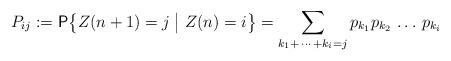
LaTeX: \begin{align*} P_{ij}:= \textsf{P}\bigl\{{Z({n+1})=j\bigm|{Z(n)=i} }\bigr\} = \sum_{k_1 + \, \cdots \, + k_i=j}{p_{k_1} p_{k_2} \, \ldots \, p_{k_i}}\end{align*}